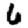
Digit: 6